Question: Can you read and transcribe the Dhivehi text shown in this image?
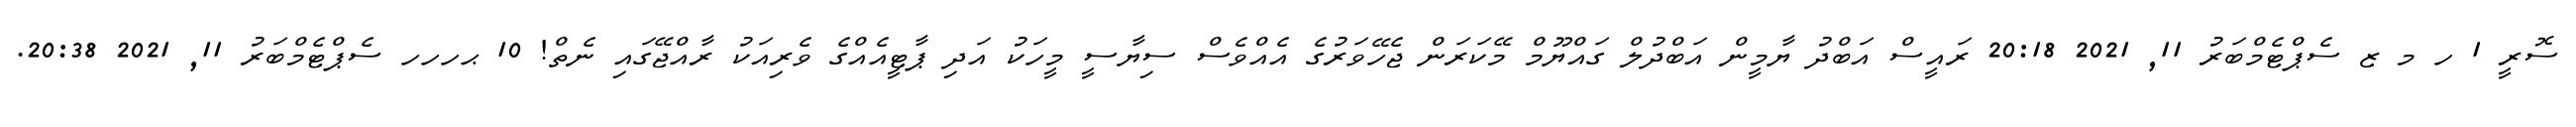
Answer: ސޮރީ 1 ހ މ ޒ ސެޕްޓެމްބަރު 11, 2021 20:18 ރައީސް އަބްދު ޔާމީން އަބްދުލް ގައްޔޫމް މޭކަރަން ޖެހޭވަރުގެ އެއްވެސް ސިޔާސީ މީހަކު އަދި ޕާޓީއެއްގެ ވެރިއަކު ރާއްޖޭގައި ނެތް! 10 ޙހހހ ސެޕްޓެމްބަރު 11, 2021 20:38.